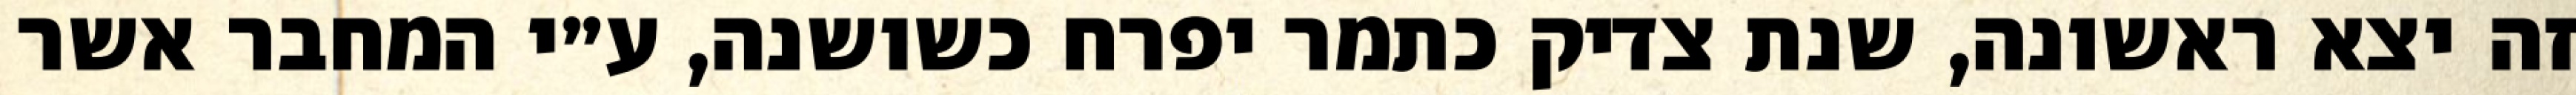
זה יצא ראשונה, שנת צדיק כתמר יפרח כשושנה, ע״י המחבר אשר